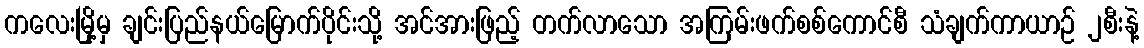
ကလေးမြို့မှ ချင်းပြည်နယ်မြောက်ပိုင်းသို့ အင်အားဖြည့် တက်လာသော အကြမ်းဖက်စစ်ကောင်စီ သံချက်ကာယာဉ် ၂စီးနဲ့